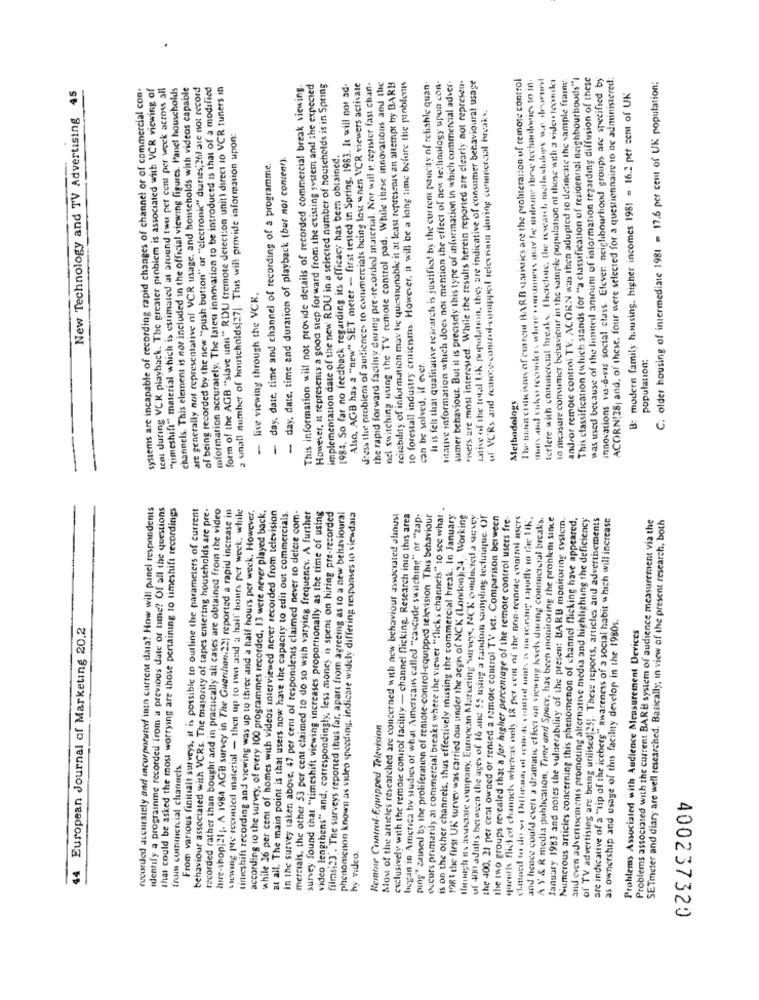
the rapid forward facilny during pre-recorded material. Nor will e register fast chan-
reliability of information may be questionable it at least represents an attempt by BARB
"ivers are most interested. While the results herein reported are clearly not represen-
1w tuain costu ismes of current HARB «atistics are the proliteration of remote control
terlere with commercial breaks. Therefore, the research mesloubihope we. deweerd
10 measure consumer behaviour in the sample population of those with a viden toonk
and/or remote control TV. ACORN was then adopted 10 delineate the sample frame.
This classification (which stands for "a classification of residennal neighbourhouds")
was used because of the limited amoum of information regarding diffusion of these
innovations vis-à-vis social class Elever neighbourhood groups are specified by
ACORN!28, and, of these. four were selected for a questionnaire to be administered:
systems are incapable of recording rapid changes of channel or of commercial con.
temi during VCK playback. The greater problem is associated with VCR viewing of
"timeshift" material which is estimated at around twu per cem per week across all
channels. This element is not included in the official viewing figures. Panel households
are generally not representative of VCR usage, and households with videos capable
of being recorded by the new "push button" or "electronic" dianes; ? dil are not record
information accurately. The latest innovation to be introduced is that of a modified
form of the AGB ""slave unit" RDU tremote detection unit) direct to VCR tuners in
This information will not provide details of recorded commercial break viewing.
However, it represents a good step forward from the existing system and the expected
implementation date of the new RDU in a selected number of households is in Spring
Also, AGB has a "new" SET meter - first tested in Spring, 1983. It will not ad-
dress the problem of audiences to commercials being lost when VCR viewers activate
nel switching using the TV remote control pad. While these innovations and the
10 forestall industry criticisms. However, it will be a long time before the pinblemis
It is felt that qualitative research is justified by the current paucity of reliable quan.
litative information which does not mention the effect of new technology upun con-
sumer behaviour. But it is precisely this type of information in which commercial adver-
tative of the total Lik popolati, they are indicative of consumer behavioural usage
C: older housing of intermediate 1981 = 17.6 per cent of UK population;
45
B: modern family housing. higher incomes 1981 = 16.2 per cent of UK
u VC'Rs and remote control-cutappel televiinn during connpercul hrcak ..
New Technology and TV Advertising
a small number of households(27]. This will provide information upon:
- day, date, time and duration of playback (but not content).
1984. So far no feedback regarding its efficacy has been obrained.
- day, date, time and channel of recording of a programme.
- live viewing through the VCR.
population:
can be solved, if ever.
Methodology
recorded accurately and incorporated into current data? How will panel respondents
identify a prograinme recorded from a previous date of time? Of all the questions
that could be asked the most worrying are those pertaining to timeshift recordings
From various finitiall surveys, it is possible to outline the parameters of current
behaviour associated with VCRs. The majority of tapes entering households are pre-
recorded rather than bought and in pracucally all cases are obtained from the video
lure-shop|21 ;. A 1984 AGB survey in The Guarlioni22) reported a rapid increase in
sowing pre scoorded material - then up to two and a half hours per week, while
while 26 per cent of homes with videos interviewed never recorded from television
mercials, the other 53 per cent claimed to do so with varying frequency. A further
occurs primarily at commercial breaks where the viewer "flicks channels" 10 see what .
timeshift recording and viewing was up to three and a half hours per week. However.
according to the survey, of every 100 programmes recorded, 13 were never played back,
at all. The main point is that users now have the capacity to edit out commercials.
In the survey taken above. 47 per cent of respondents claimed never to delete com-
survey found that "timeshift viewing increases proportionally as the time of using
video lengthens" and, correspondingly, less money is spent on hiring pre-recorded
filmsi23 . The surveys reported thus far, apart from agreeing as to a new behavioural
phenomenon known as video speeding, indicate widely differing responses to viewdata
Most of the articles researched are concerned with new behaviour associated alınust
exclusively with the remote control facility - channel flicking. Research into this area
began in America by studies of what Americans called "cascade switching" or "zap.
ping" caned by the proliferation of remote control-equipped television This behaviour
is on the other channels, thus effectively missing the commercial break. In January
1983 the first UK survey was carried out under the aegis of NCK (London):24. Working
Ihtihigh It's associate company, European Marketing Survey, NOK conducted a urvey
of 400 adults between the ages of 16 and $5 using a tandom sampling technique. Or
the 400, 21 per cent owned or rented a remote control TV set. Comparison between
the two groups revealed that a for higher percentage of the remote control users fre-
queuth flicked channels whereas only 18 per cem of the non-remote ennimi users
and hence could evert a dramatic effect on viewing kevel during commercial breaks.
A Y & R media publication, Time and Space, has been monitoring the problem since
January 1983 and notes the vulnerability of the present BARB monitoring system.
Numerous articles concerning this phenomenon of channel flicking have appeared,
and even advertisements promoting alternative media and highlighting the deficiency
of TV advertising are being utilised[25]. These reports, articles and advertisements
are indicative of a "tip of the iceberg" awareness of a social habit which will increase
Problems associated with the current BARB system of audience measurement via the
SETmeter and diary are well researched. Basically, in view of the present research, both
as ownership and usage of this facility develop in the 1980s.
44 European Journal of Marketing 20.2
Problems Associated with Audience Measurement Devices
Remote Control-Equipped Television
trom commercial channels.
hy video.
400237320